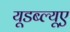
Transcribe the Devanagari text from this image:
यूडब्ल्यूए